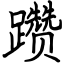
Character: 躜